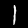
Label: 1